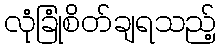
လုံခြုံစိတ်ချရသည့်